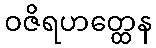
ဝဇိရဟတ္ထေန